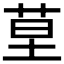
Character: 𦯖